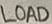
Text: LOAD